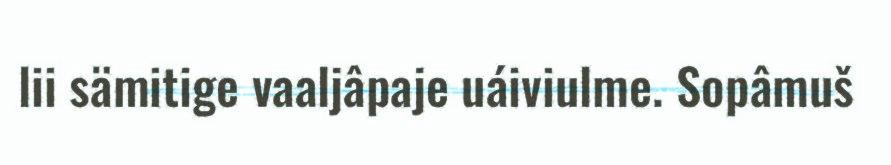
lii sämitige vaaljâpaje uáiviulme. Sopâmuš